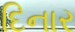
દિનાર